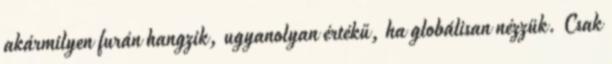
akármilyen furán hangzik, ugyanolyan értékű, ha globálisan nézzük. Csak